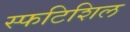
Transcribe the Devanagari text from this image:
स्फटिशिल